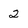
Character: 2